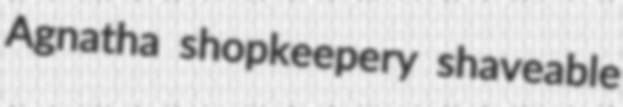
Agnatha shopkeepery shaveable